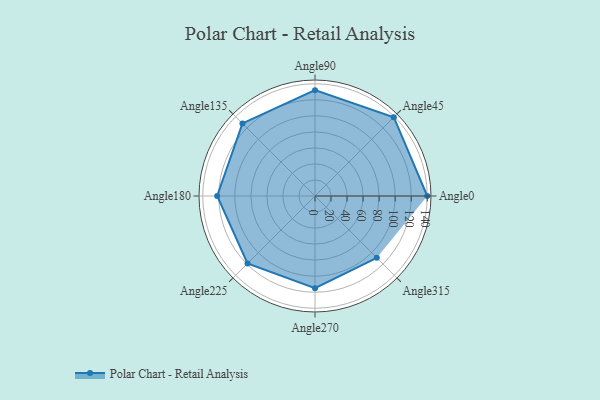
{"axis": {"x": "Angle", "y": "Radius"}, "legend": [""], "data": [{"x": "Angle0", "y": 140.0, "type": ""}, {"x": "Angle45", "y": 139.0, "type": ""}, {"x": "Angle90", "y": 132.0, "type": ""}, {"x": "Angle135", "y": 128.0, "type": ""}, {"x": "Angle180", "y": 122.0, "type": ""}, {"x": "Angle225", "y": 119.0, "type": ""}, {"x": "Angle270", "y": 115.0, "type": ""}, {"x": "Angle315", "y": 109.0, "type": ""}]}